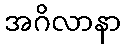
အဂိလာနာ